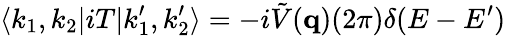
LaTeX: \langle k_{1},k_{2}|iT|k_{1}^{\prime},k_{2}^{\prime}\rangle=-i\tilde{V}({\mathbf q})(2\pi)\delta(E-E^{\prime})